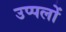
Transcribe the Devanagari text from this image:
उप्पलों